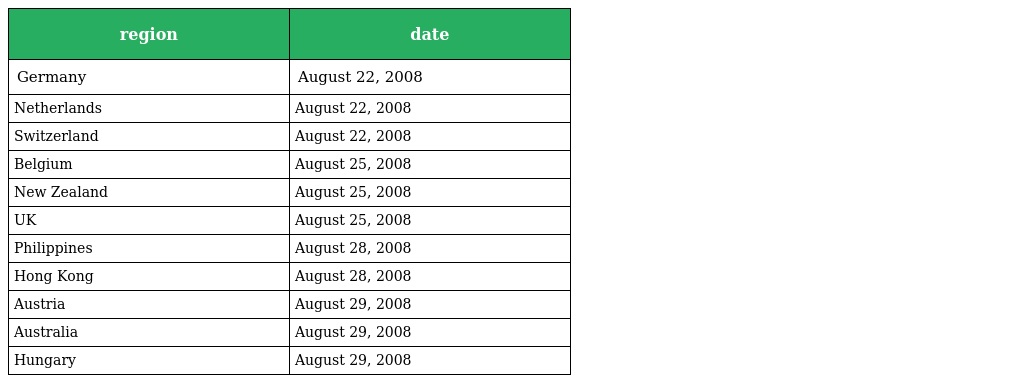
| region | date |
 | --- | --- |
 | Germany | August 22, 2008 |
 | Netherlands | August 22, 2008 |
 | Switzerland | August 22, 2008 |
 | Belgium | August 25, 2008 |
 | New Zealand | August 25, 2008 |
 | UK | August 25, 2008 |
 | Philippines | August 28, 2008 |
 | Hong Kong | August 28, 2008 |
 | Austria | August 29, 2008 |
 | Australia | August 29, 2008 |
 | Hungary | August 29, 2008 |